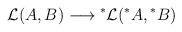
LaTeX: \begin{align*}{\cal L} (A,B) \longrightarrow \mbox{}^*{\cal L} (\mbox{}^* A, \mbox{}^* B)\end{align*}